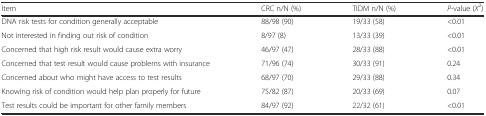
<table><thead><tr><td><b>Item</b></td><td><b>CRC n/N (%)</b></td><td><b>TIDM n/N (%)</b></td><td><b><i>P</i>-value (<i>Χ</i><sup>2</sup>)</b></td></tr></thead><tbody><tr><td>DNA risk tests for condition generally acceptable</td><td>88/98 (90)</td><td>19/33 (58)</td><td>&lt;0.01</td></tr><tr><td>Not interested in finding out risk of condition</td><td>8/97 (8)</td><td>13/33 (39)</td><td>&lt;0.01</td></tr><tr><td>Concerned that high risk result would cause extra worry</td><td>46/97 (47)</td><td>28/33 (88)</td><td>&lt;0.01</td></tr><tr><td>Concerned that test result would cause problems with insurance</td><td>71/96 (74)</td><td>30/33 (91)</td><td>0.24</td></tr><tr><td>Concerned about who might have access to test results</td><td>68/97 (70)</td><td>29/33 (88)</td><td>0.34</td></tr><tr><td>Knowing risk of condition would help plan properly for future</td><td>75/82 (87)</td><td>20/33 (69)</td><td>0.07</td></tr><tr><td>Test results could be important for other family members</td><td>84/97 (92)</td><td>22/32 (61)</td><td>&lt;0.01</td></tr></tbody></table>